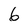
Character: 6